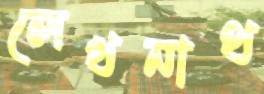
লেখনাথ